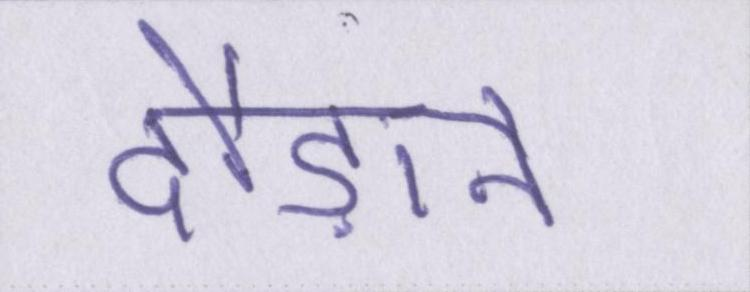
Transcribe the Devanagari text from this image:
दौड़ाने